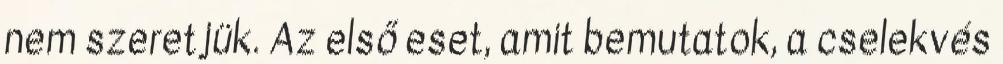
nem szeretjük. Az első eset, amit bemutatok, a cselekvés